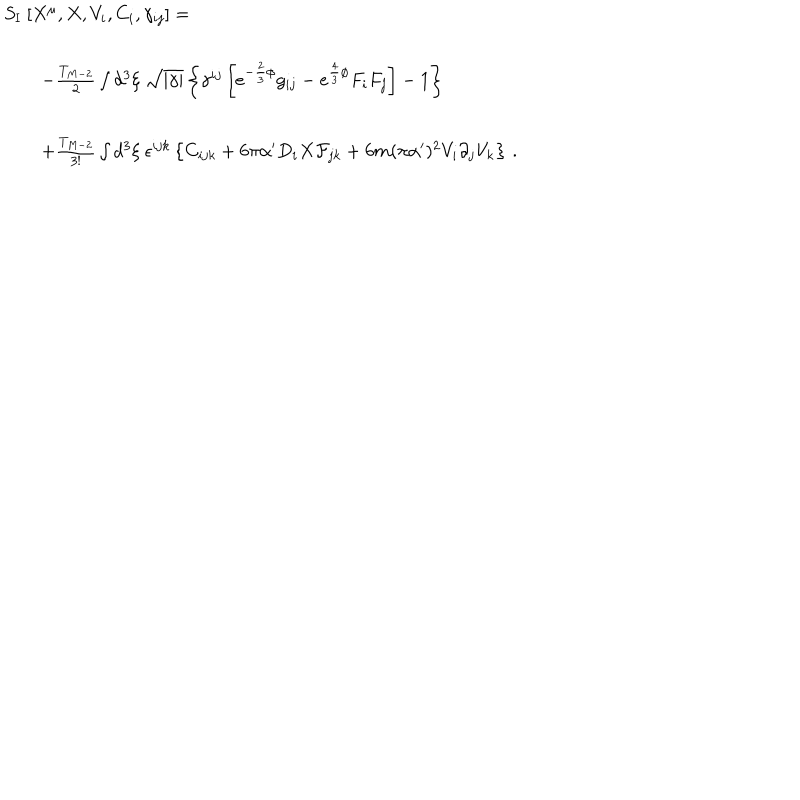
LaTeX: \begin{array} { r c l } { { S _ { \mathrm { I } } \ [ X ^ { \mu } , X , V _ { i } , C _ { i } , \gamma _ { i j } ] = \hspace { - 3 c m } } } & { { } } & { { } } \\ { { } } & { { } } & { { } } \\ { { } } & { { } } & { { - \frac { T _ { M - 2 } } { 2 } \int d ^ { 3 } \xi \ \sqrt { | \gamma | } \left\{ \gamma ^ { i j } \left[ e ^ { - \frac { 2 } { 3 } \phi } g _ { i j } - e ^ { \frac { 4 } { 3 } \phi } F _ { i } F _ { j } \right] - 1 \right\} } } \\ { { } } & { { } } & { { } } \\ { { } } & { { } } & { { + \frac { T _ { M - 2 } } { 3 ! } \int d ^ { 3 } \xi \ \epsilon ^ { i j k } \left\{ C _ { i j k } + 6 \pi \alpha ^ { \prime } D _ { i } X { \cal F } _ { j k } + 6 m ( \pi \alpha ^ { \prime } ) ^ { 2 } V _ { i } \partial _ { j } V _ { k } \right\} \, . } } \\ \end{array}